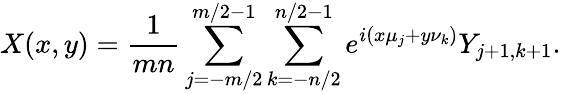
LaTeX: X(x,y)=\frac{1}{mn}\sum_{j=-m/2}^{m/2-1}\sum_{k=-n/2}^{n/2-1}e^{i(x\mu_{j}+y\nu_{k})}Y_{j+1,k+1}.